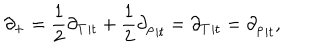
\partial _ { + } = \frac { 1 } { 2 } { \partial _ { T } } _ { | t } + \frac { 1 } { 2 } { \partial _ { \rho } } _ { | t } = { \partial _ { T } } _ { | t } = { \partial _ { \rho } } _ { | t } ,